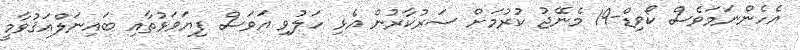
އެހެންނަމަވެސް ކޯވިޑް-19 މެނޭޖު ކުރުމަށް ސަރުކާރުން އެޅި ހަލުވި އަވަސް ފިޔަވަޅުތާއި ބައިނަލްއަޤުވާމީ